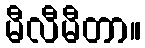
မီလီမီတာ။